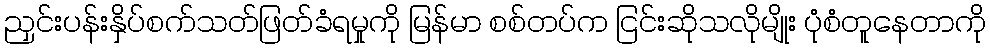
ညှင်းပန်းနှိပ်စက်သတ်ဖြတ်ခံရမှုကို မြန်မာ စစ်တပ်က ငြင်းဆိုသလိုမျိုး ပုံစံတူနေတာကို